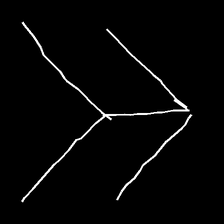
Glyph: gather